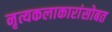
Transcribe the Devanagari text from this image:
नृत्यकलाकारांसोबत